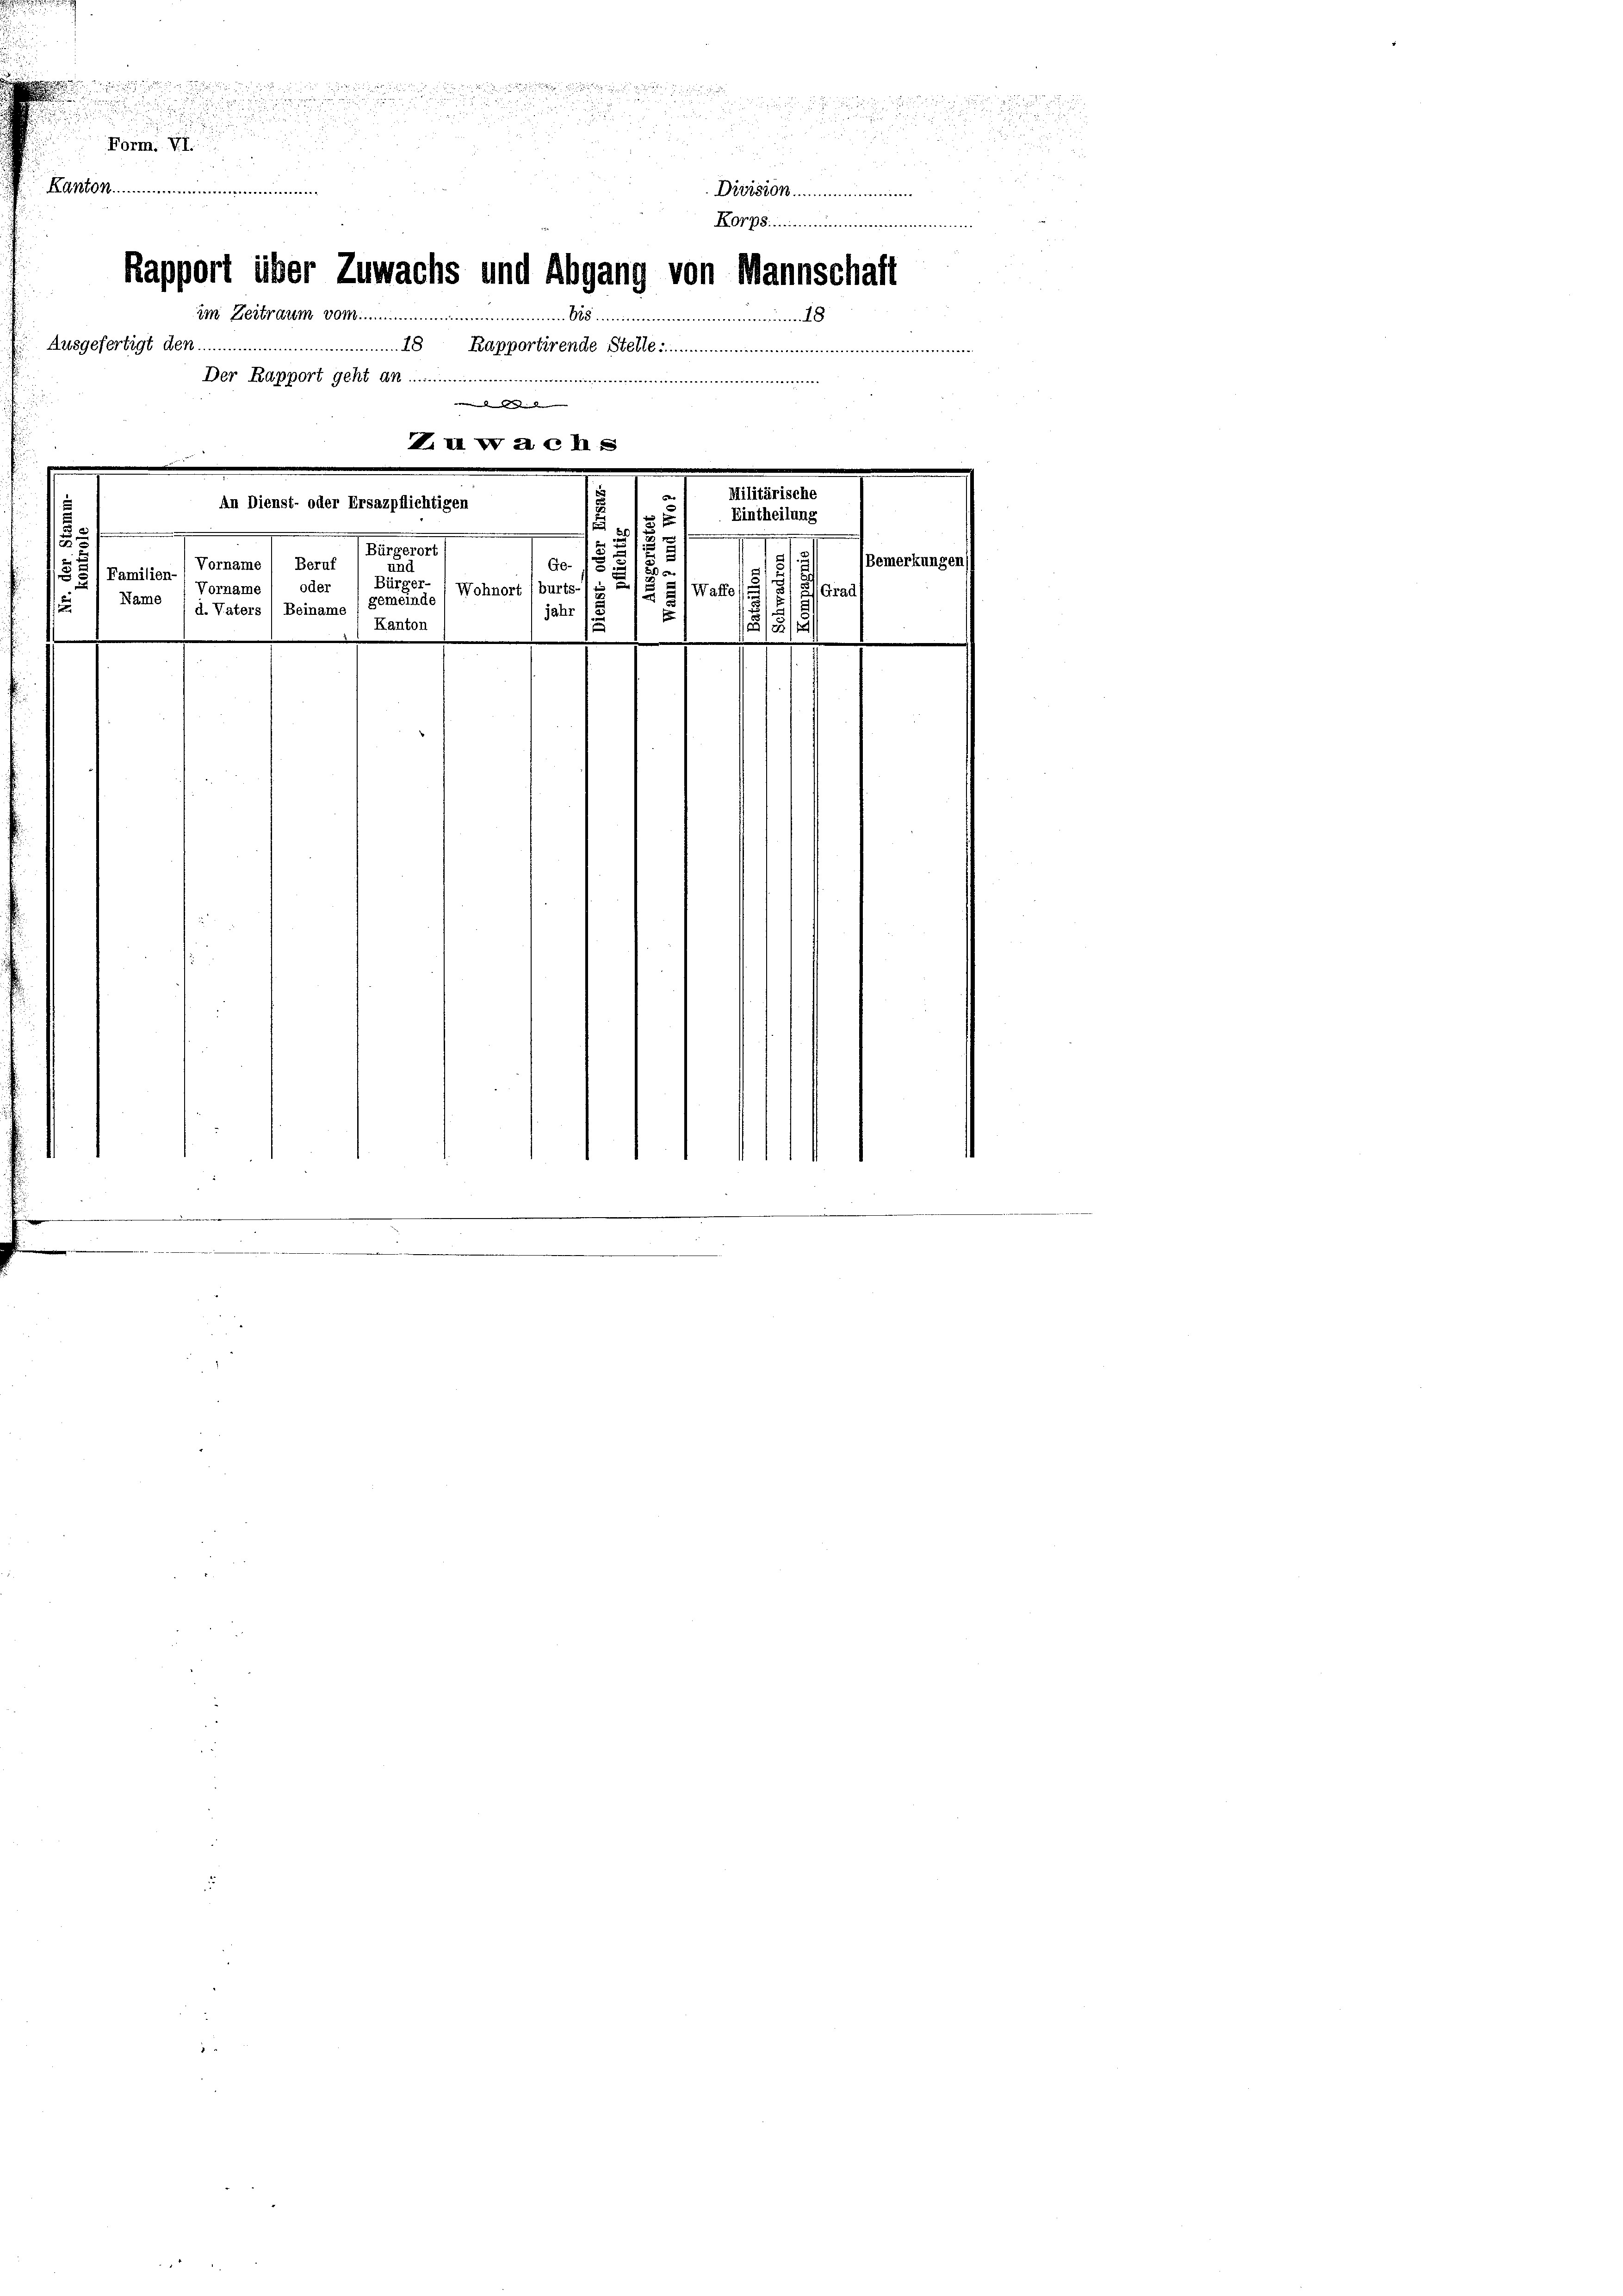
in der an der einen zu in der ein

.

2

u
.
u

e

2
u

F
Form. V. I

din
Kanton
Division.
R. P.
Rapport über Zuwachs und Abgang von Mannschaft
im Zeitraum vom
inen Mom
Ausgefertigt den ............................................................ Rapportirende Stelle
Der Rapport geht an
.......................................
wenn den in die deren |
Lu wachs
Militärische
An Dienst- oder Ersazpflichtigen
Eintheilung
s
1
d
en
5
Vorname Beruf
0
und
15
Familien-
Bürger-
oder
Vorname
Wohnort (burts.) es i
(Wall
Dante (d. Vaters (Beiname (gemeinde
1
jahr
s
Kanton
.

a
(Bemerkungen
815
¬

Grad